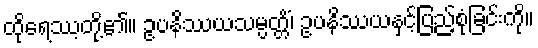
ထိုရေဿ့တို့၏။ ဥပနိဿယသမ္ပတ္တိံ၊ ဥပနိဿယနှင့်ပြည့်စုံခြင်းကို။